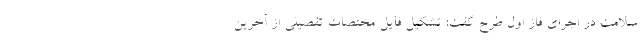
سلامت در اجرای فاز اول طرح گفت: تشکیل فایل مختصات تفصیلی از آخرین